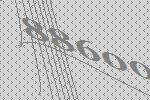
88600